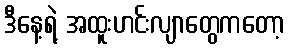
ဒီနေ့ရဲ့ အထူးဟင်းလျာတွေကတော့